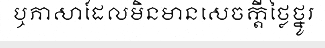
ឬភាសាដែលមិនមានសេចក្តីថ្លៃថ្នូរ